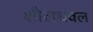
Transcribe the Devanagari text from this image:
शीलधवल